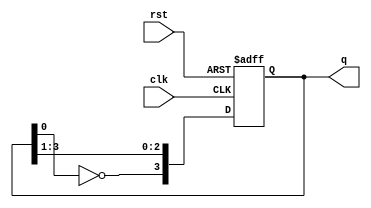
module johnson(q, clk ,rst);
    output reg [3:0] q;
    input clk, rst;
    always @ (posedge clk or posedge rst) begin
        if (rst) begin 
            q <= 4'b0000; 
        end
        else begin
            q <= {~q[0], q[3:1]};
        end
    end
endmodule

module johnson_tb;
    reg clk, rst;
    wire [3:0] q;
    johnson tb(q, clk, rst);
    always #5 clk = ~clk;
    initial begin
        clk = 0; rst = 1;
        #10 rst = 0;
        #200 $stop;
    end
endmodule